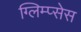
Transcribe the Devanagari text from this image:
ग्लिम्प्सेस